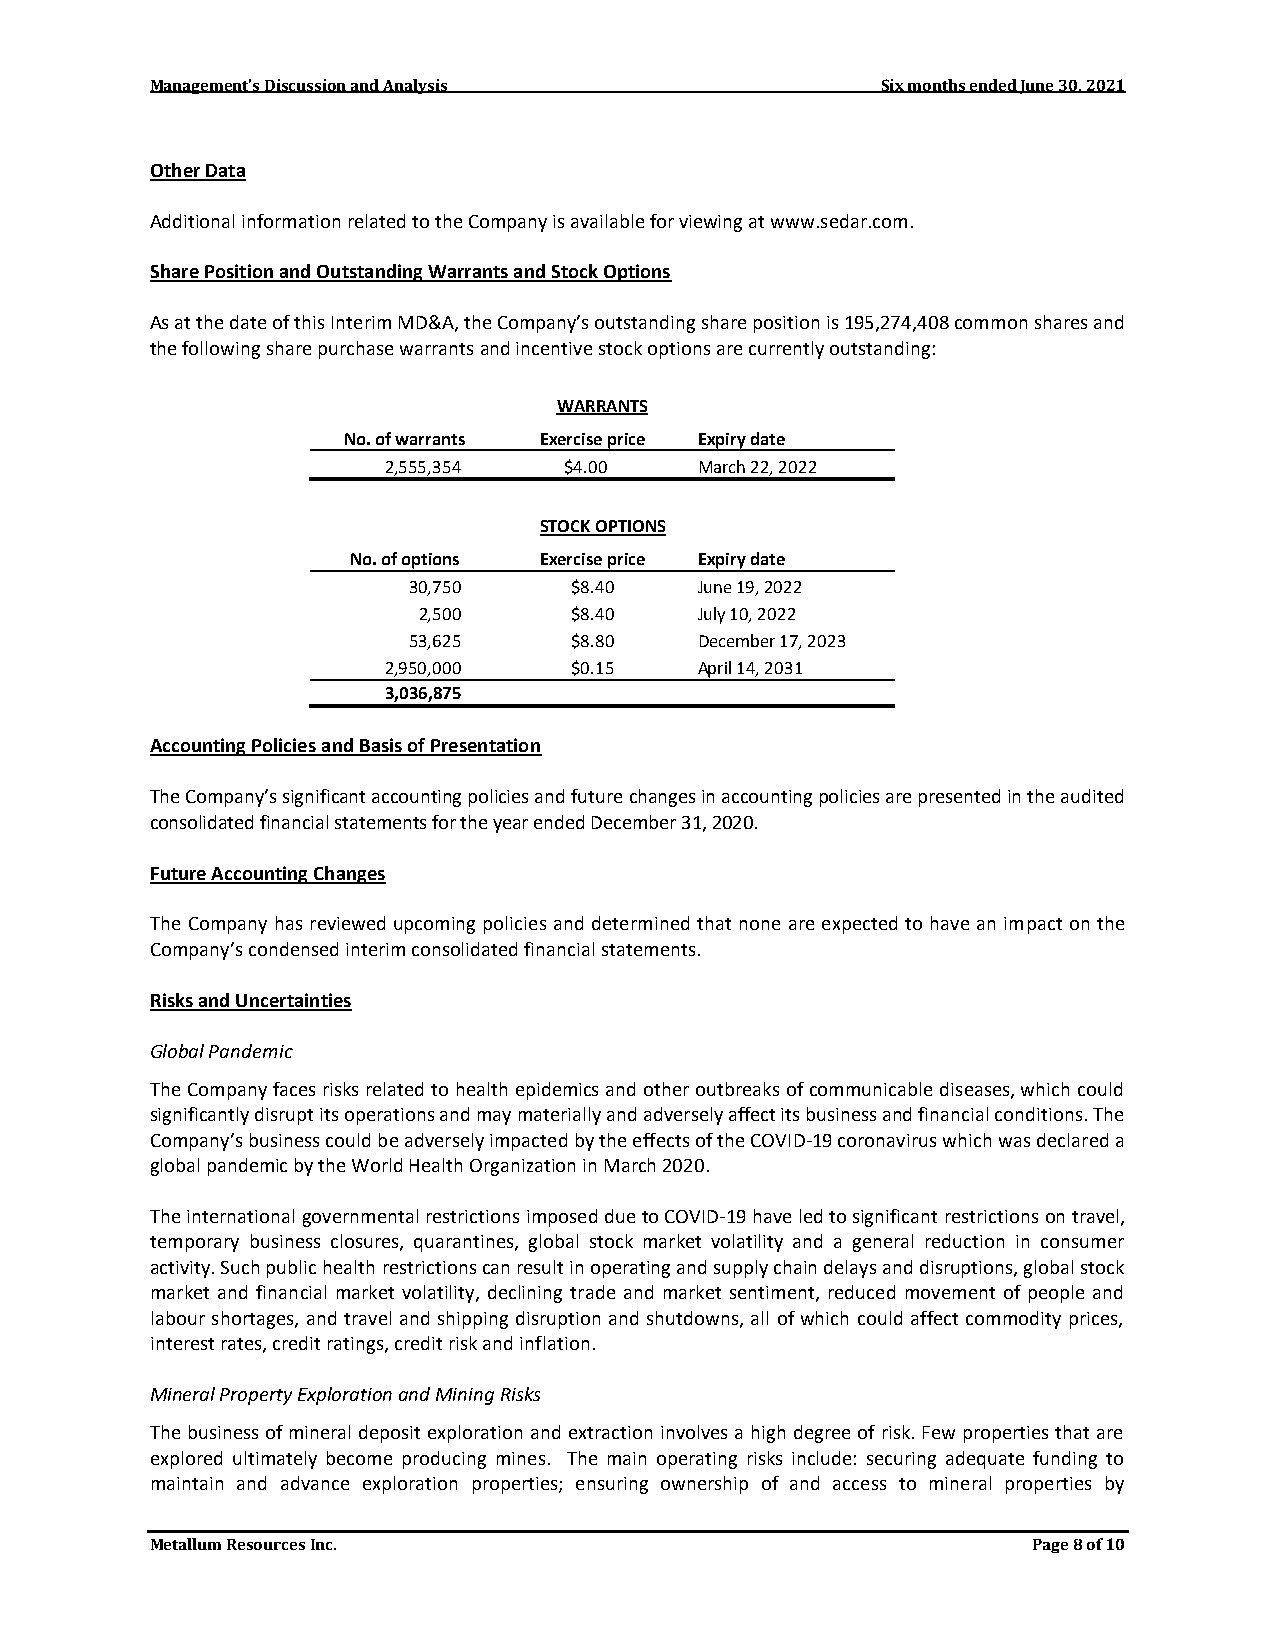
Management’s Discussion and Analysis            Six months ended June 30, 2021
 Other Data
 Additional information related to the Company is available for viewing at www.sedar.com.
 Share Position and Outstanding Warrants and Stock Options
 As at the date of this Interim MD&A, the Company’s outstanding share position is 195,274,408 common shares and
 the following share purchase warrants and incentive stock options are currently outstanding:
 WARRANTS
 No. of warrants Exercise price Expiry date
 2,555,354  $4.00    March 22, 2022
 STOCK OPTIONS
 No. of options Exercise price Expiry date
 30,750     $8.40   June 19, 2022
 2,500     $8.40   July 10, 2022
 53,625     $8.80   December 17, 2023
 2,950,000   $0.15   April 14, 2031
 3,036,875
 Accounting Policies and Basis of Presentation
 The Company’s significant accounting policies and future changes in accounting policies are presented in the audited
 consolidated financial statements for the year ended December 31, 2020.
 Future Accounting Changes
 The Company has reviewed upcoming policies and determined that none are expected to have an impact on the
 Company’s condensed interim consolidated financial statements.
 Risks and Uncertainties
 Global Pandemic
 The Company faces risks related to health epidemics and other outbreaks of communicable diseases, which could
 significantly disrupt its operations and may materially and adversely affect its business and financial conditions. The
 Company’s business could be adversely impacted by the effects of the COVID-19 coronavirus which was declared a
 global pandemic by the World Health Organization in March 2020.
 The international governmental restrictions imposed due to COVID-19 have led to significant restrictions on travel,
 temporary business closures, quarantines, global stock market volatility and a general reduction in consumer
 activity. Such public health restrictions can result in operating and supply chain delays and disruptions, global stock
 market and financial market volatility, declining trade and market sentiment, reduced movement of people and
 labour shortages, and travel and shipping disruption and shutdowns, all of which could affect commodity prices,
 interest rates, credit ratings, credit risk and inflation.
 Mineral Property Exploration and Mining Risks
 The business of mineral deposit exploration and extraction involves a high degree of risk. Few properties that are
 explored ultimately become producing mines. The main operating risks include: securing adequate funding to
 maintain and advance exploration properties; ensuring ownership of and access to mineral properties by
 Metallum Resources Inc.                                   Page 8 of 10